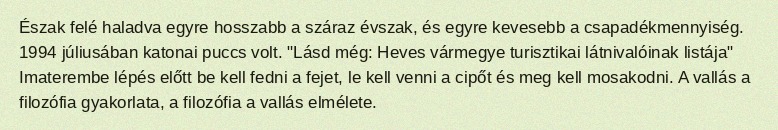
Észak felé haladva egyre hosszabb a száraz évszak, és egyre kevesebb a csapadékmennyiség. 1994 júliusában katonai puccs volt. "Lásd még: Heves vármegye turisztikai látnivalóinak listája" Imaterembe lépés előtt be kell fedni a fejet, le kell venni a cipőt és meg kell mosakodni. A vallás a filozófia gyakorlata, a filozófia a vallás elmélete.